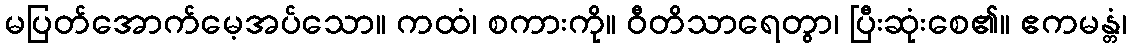
မပြတ်အောက်မေ့အပ်သော။ ကထံ၊ စကားကို။ ဝီတိသာရေတွာ၊ ပြီးဆုံးစေ၏။ ဧကမန္တံ၊